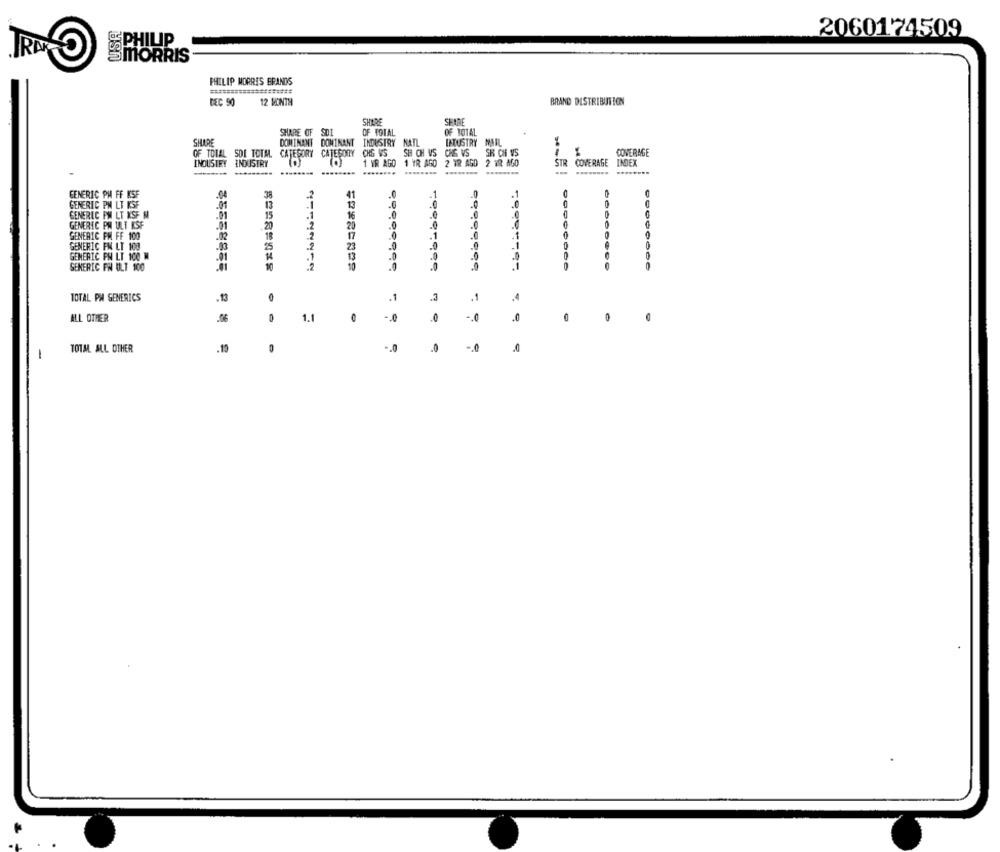
2060174509
PHILIP
SMORRIS
PHILIP MORRIS ERANDS
==========
DEC 90
12 MONTH
BRAND DISTRIBUTION
SHIRE
SHURE
SHARE OF SDI
OF TOTAL
OF TOTAL
SHARE
DOMINANT DOMINANT
INDUSTRY
KATL
INDUSTRY MAIL
SH CH VS
CHE VS
SH CN VS
COVERAGE
INDUSTRY INDUSTRY
CATEGORY CATEGORY
1 HR AGO 1 YR AGO
2 YR AGD
2 TR AGO
STR
COVERAGE
INDEX
GENERIC PM FF KSF
.1
.1
GENERIC PM LT KSF
.01
.0
GENERIC PM LT KSF M
15
16
.0
.C
GENERIC PM ULT KSF
20
20
.0
GENERIC PM FF 100
18
17
1
GENERIC FN LT 100
23
0
GENERIC PM LT 100 M
.1
GENERIC FN ULT 100
TOTAL PM GENERICS
,1
.3
.1
-. 0
.C
0
ALL OTHER
06
1.1
.0
TOTAL ALL OTHER
.10
0
.0
-. 0